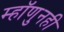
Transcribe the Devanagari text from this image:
म्हॉणुनही